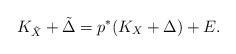
LaTeX: \begin{align*}K_{\tilde X}+\tilde \Delta=p^*(K_X+\Delta )+E.\end{align*}